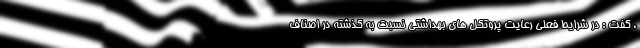
، گفت : در شرایط فعلی رعایت پروتکل های بهداشتی نسبت به گذشته در اصناف